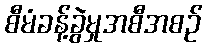
စီမံခန့်ခွဲမှုအစီအစဉ်